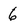
Character: 6